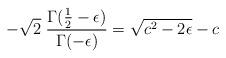
LaTeX: \begin{align*}- \sqrt{2}\;\frac{\Gamma(\frac{1}{2}-\epsilon)}{\Gamma (-\epsilon)} =\sqrt{c^{2}-2\epsilon} - c\end{align*}